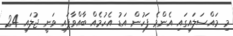
މި މައްސަލައިގައި އެންމެ ފަހުން އަޑު އެހުމެއް ބާއްވާފައި ވަނީ ޖުލައި 24